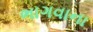
ભાગવાના